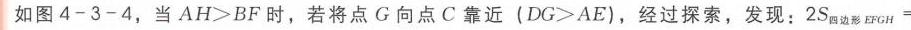
如图4 - 3 - 4，当$AH>BF$时，若将点$G$向点$C$靠近（$DG>AE$），经过探索，发现：$2S_{四边形EFGH}=$